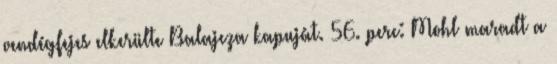
vendégfejes elkerülte Balajcza kapuját. 56. perc: Mohl maradt a